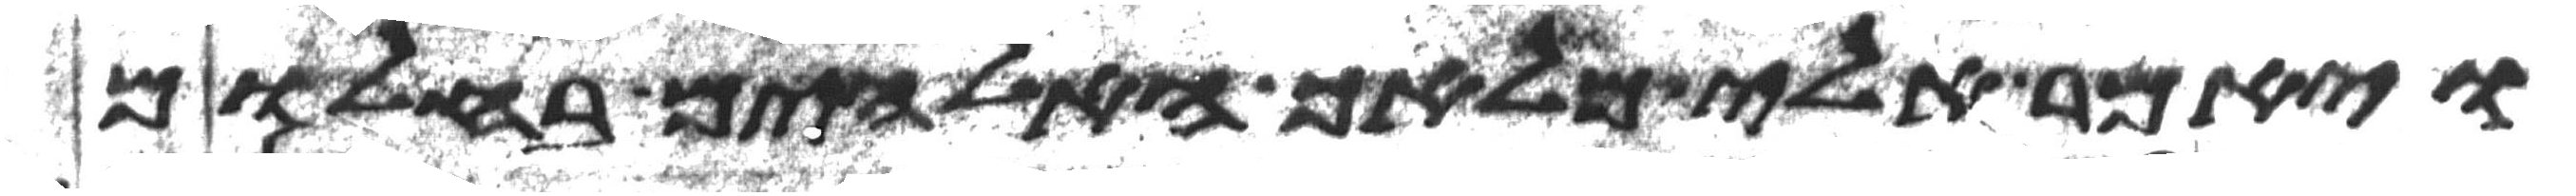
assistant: ויאמר אלי מלאך האלהים בחלום